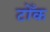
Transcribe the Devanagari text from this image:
टोँक